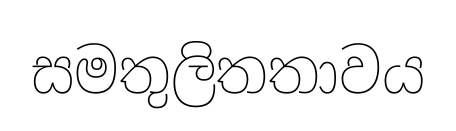
සමතුලිතතාවය